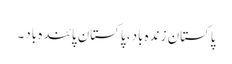
پاکستان زندہ باد، پاکستان پائندہ باد۔